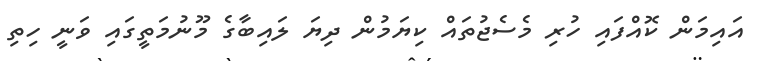
އައިމަން ކޮއްފައި ހުރި މެސެޖުތައް ކިޔަމުން ދިޔަ ލައިބާގެ މޫނުމަތީގައި ވަނީ ހިތި